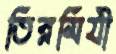
তিরমিযী